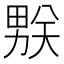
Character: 𰣌